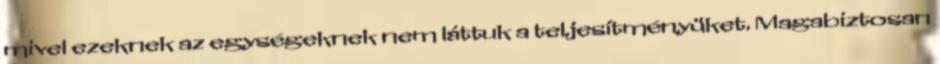
mivel ezeknek az egységeknek nem láttuk a teljesítményüket. Magabiztosan